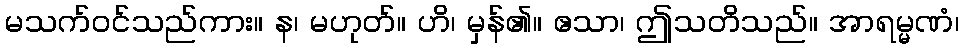
မသက်ဝင်သည်ကား။ န၊ မဟုတ်။ ဟိ၊ မှန်၏။ ဧသာ၊ ဤသတိသည်။ အာရမ္မဏံ၊